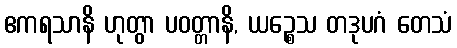
ဧကရသာနိ ဟုတွာ ပဝတ္တာနိ, ယဉ္စေသ တဒုပဂံ တေသံ